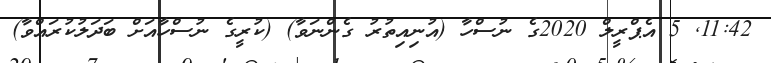
11:42